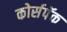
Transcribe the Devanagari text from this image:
कोर्सपॅक